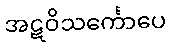
အဋဝိသင်္ကောပေ